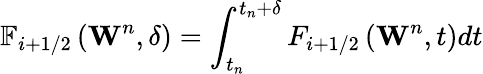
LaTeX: {{\mathbb{F}}_{i+1/2}}\left({{\mathbf{W}}^{n}},\delta\right)=\int_{{{t}_{n}}}^{{{t}_{n}}+\delta}{{{F}_{i+1/2}}\left({{\mathbf{W}}^{n}},t\right)}dt